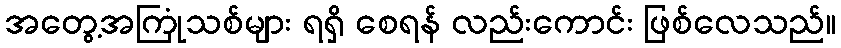
အတွေ့အကြုံသစ်များ ရရှိ စေရန် လည်းကောင်း ဖြစ်လေသည်။